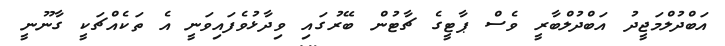
އަބްދުލްމަޖީދު އަބްދުލްބާރީ ވެސް ޕާޓީގެ ޗާޓުން ބޭރުގައި ވިދާޅުވެފައިވަނީ އެ ތަކެއްޗަކީ ގާނޫނީ